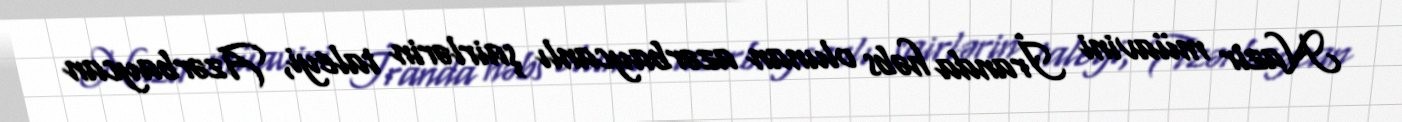
Nazir müavini İranda həbs olunan azərbaycanlı şairlərin taleyi, Azərbaycan